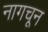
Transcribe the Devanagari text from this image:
नागचून